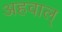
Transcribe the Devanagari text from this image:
अहवाल्